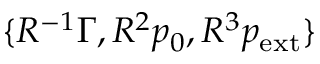
\{ R ^ { - 1 } \Gamma , R ^ { 2 } p _ { 0 } , R ^ { 3 } p _ { \mathrm { e x t } } \}